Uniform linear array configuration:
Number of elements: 48
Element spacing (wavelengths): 0.75
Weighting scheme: hamming
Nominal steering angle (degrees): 45
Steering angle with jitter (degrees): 46.163
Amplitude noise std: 0.05
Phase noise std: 0.05

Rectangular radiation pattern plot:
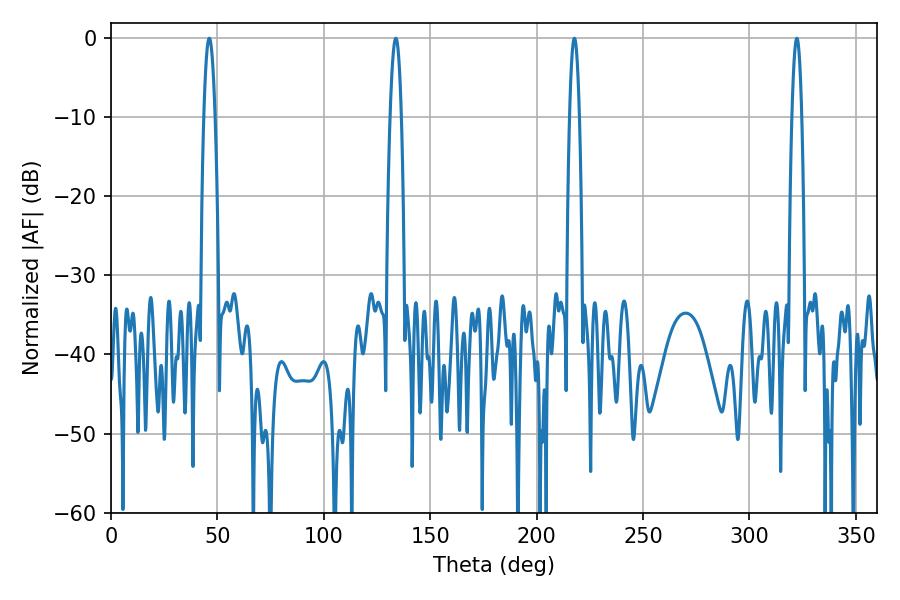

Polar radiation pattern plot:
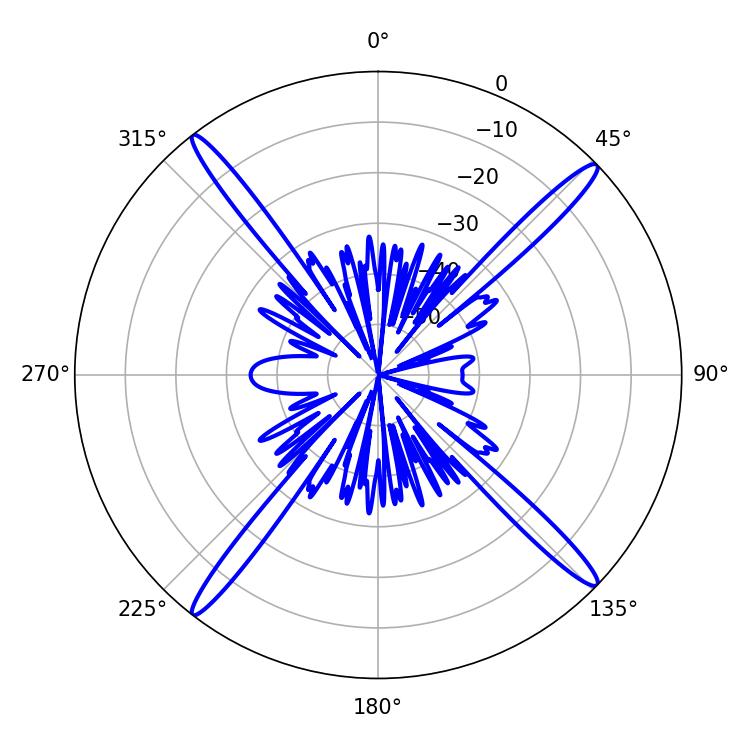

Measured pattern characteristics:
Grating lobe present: TRUE
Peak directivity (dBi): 19.874
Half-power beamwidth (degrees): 2.52
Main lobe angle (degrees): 322.2